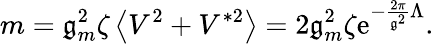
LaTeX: m=\mathfrak{g}_{m}^{2}\zeta\left<V^{2}+V^{*2}\right>=2\mathfrak{g}_{m}^{2}\zeta\mathrm{{e}}^{-{\frac{{2\pi}}{{\mathfrak{g}^{2}}}}\Lambda}.